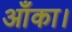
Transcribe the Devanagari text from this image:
आँका।